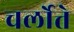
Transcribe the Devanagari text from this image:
चर्लोत्ते